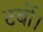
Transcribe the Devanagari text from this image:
टर्बो।